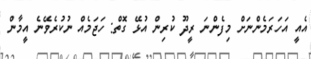
އެއީ އަހަރަމެންނަށް މިފެންނަ ރީދޫ ކުރިން އުޅޭ ގޮތް: ހަޖަމެއް ނުކުރެވޭނެ އީމާން